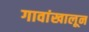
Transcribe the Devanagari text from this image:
गावांखालून